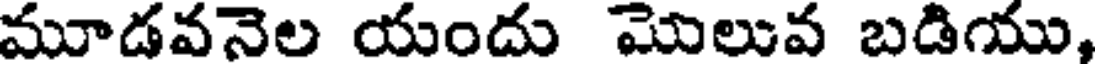
మూడవనెల యందు మొలువ బడియు,